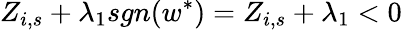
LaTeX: Z_{i,s}+\lambda_{1}sgn(w^{\ast})=Z_{i,s}+\lambda_{1}<0